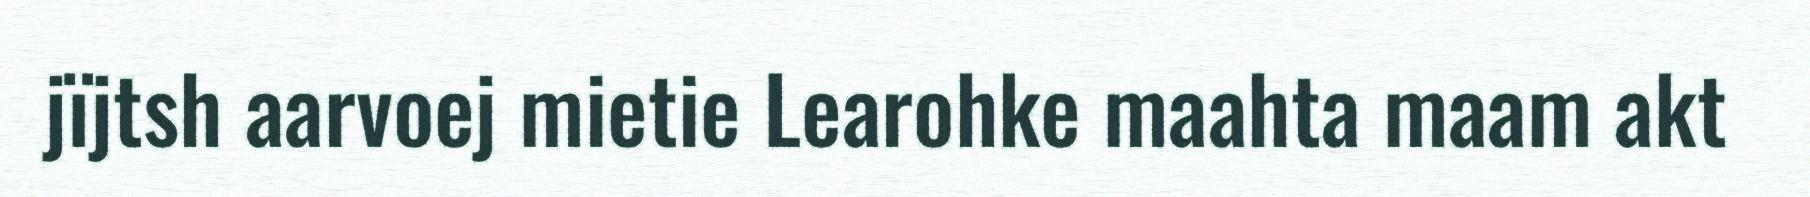
jïjtsh aarvoej mietie Learohke maahta maam akt